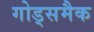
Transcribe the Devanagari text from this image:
गोड्समैक